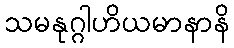
သမနုဂ္ဂါဟိယမာနာနိ